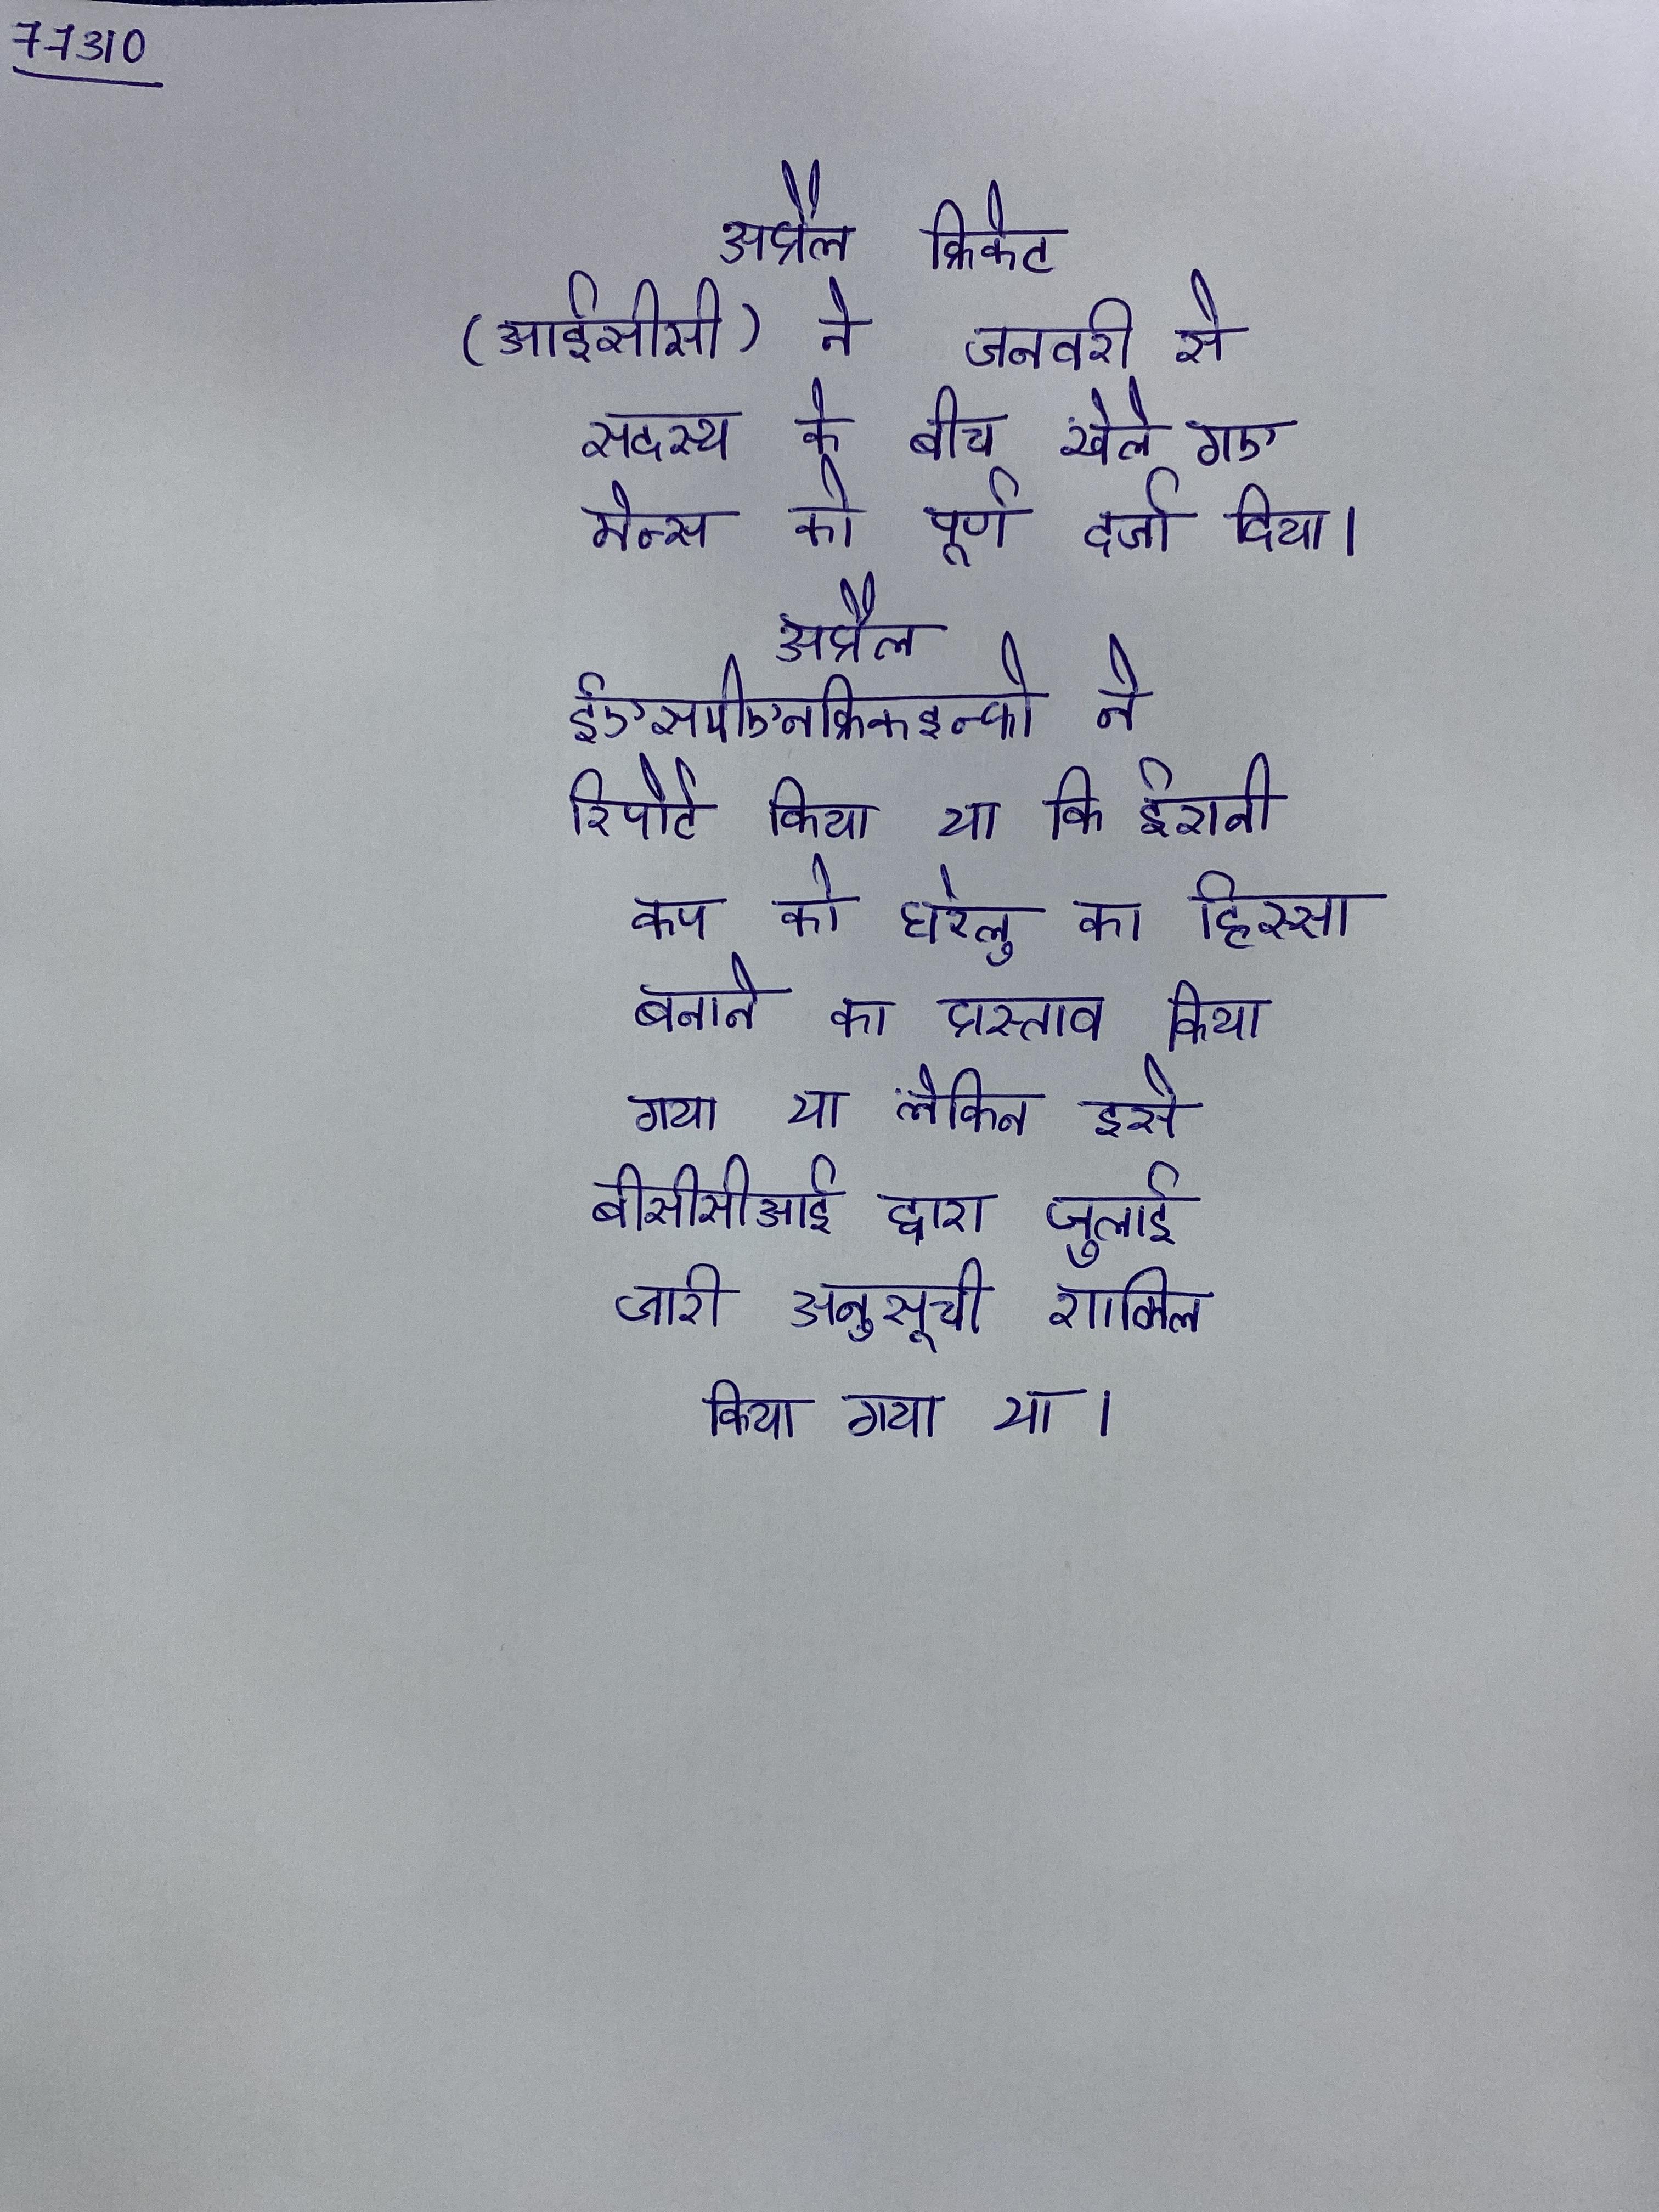
अप्रैल क्रिकेट (आईसीसी) ने जनवरी से सदस्य के बीच खेले गए मेन्स को पूर्ण दर्जा दिया । अप्रैल ईएसपीएनक्रिकइन्फो ने रिपोर्ट किया था कि ईरानी कप को घरेलू का हिस्सा बनाने का प्रस्ताव किया गया था लेकिन इसे बीसीसीआई द्वारा जुलाई जारी अनुसूची शामिल किया गया था ।